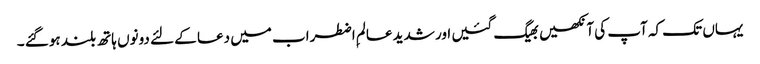
یہاں تک کہ آپ کی آنکھیں بھیگ گئیں اور شدید عالمِ اضطراب میں دعا کے لئے دونوں ہاتھ بلند ہوگئے ۔